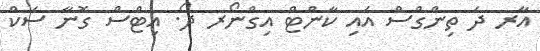
އާރ ދަ ތިންގްސް އައި ކާންޓް އިގްނޯރ ދޯ. އިޓްސް ގޮނާ ސަކް